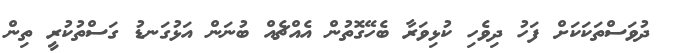
ދުވަސްތަކަކަށް ފަހު ދިވެހި ކުޅިވަރާ ބެހޭގޮތުން އެއްޗެއް ބުނަން އަޅުގަނޑު ގަސްތުކުރީ ތިން